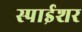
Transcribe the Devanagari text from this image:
स्पाईशर